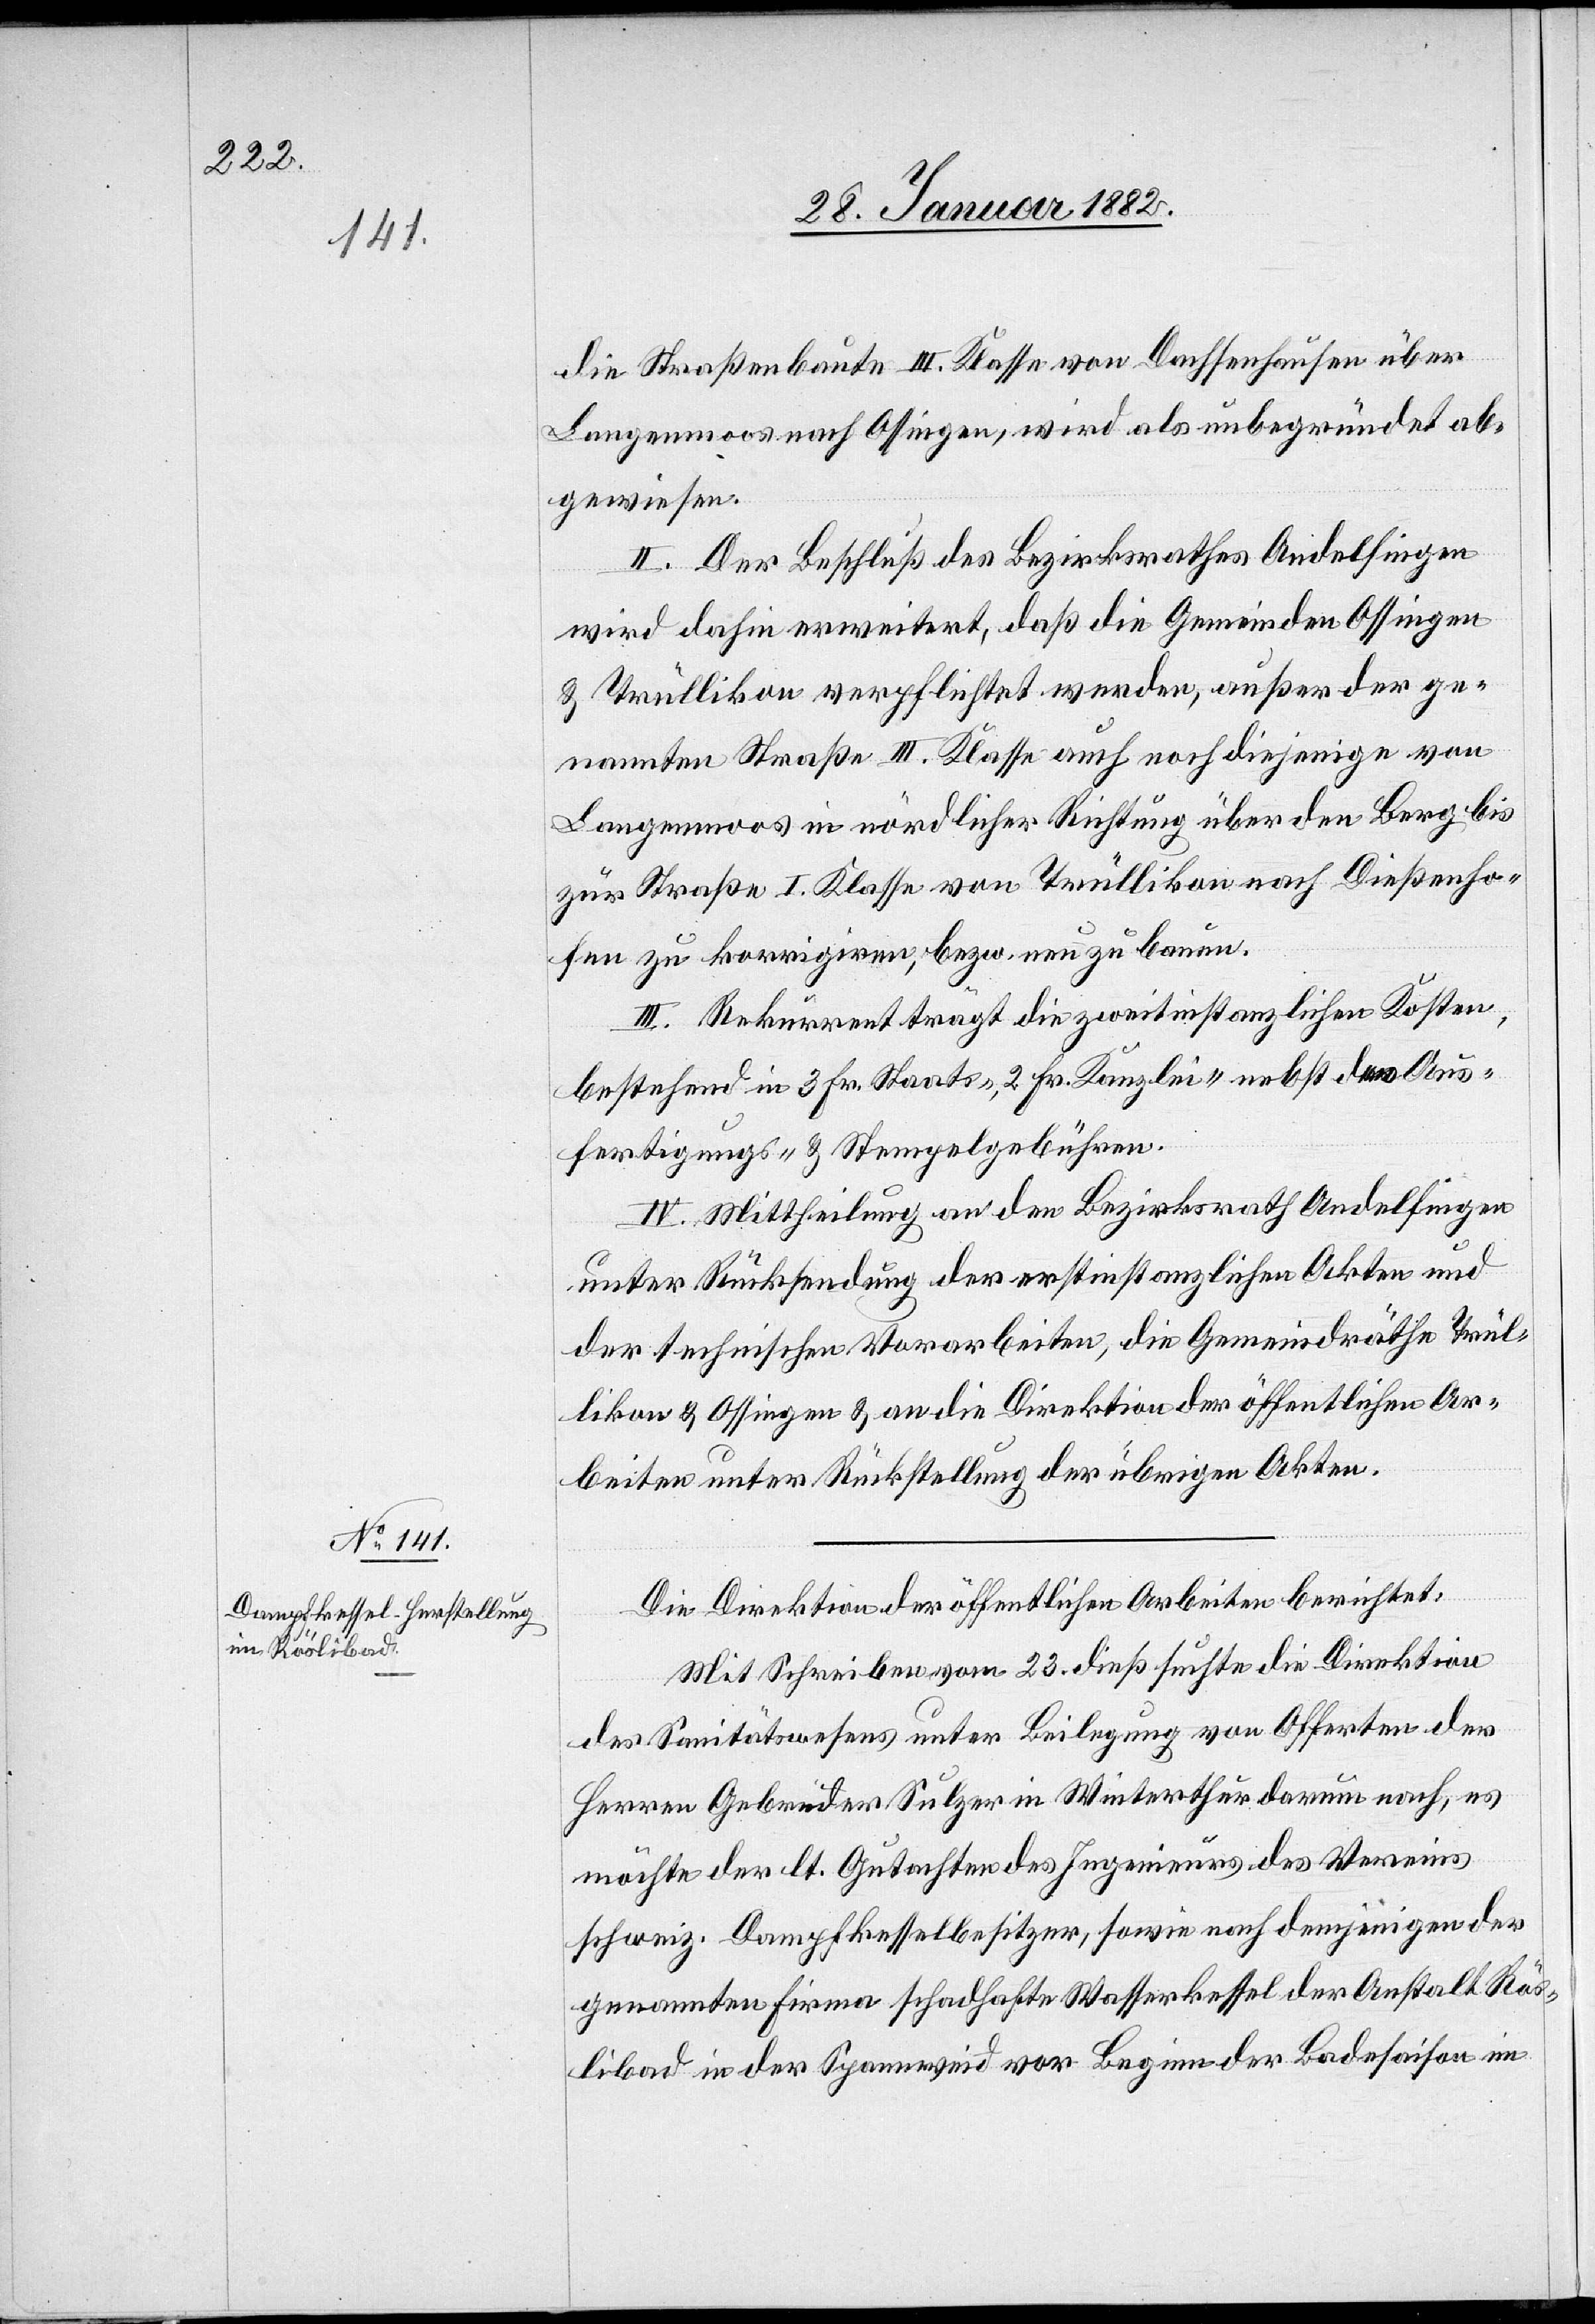
die Straßenbaute III. Klasse von Dachsenhausen über
Langenmoos nach Ossingen, wird als unbegründet ab¬
gewiesen.
II. Der Beschluß des Bezirksrathes Andelfingen
wird dahin erweitert, daß die Gemeinden Ossingen
& Trüllikon verpflichtet werden, außer der ge¬
nannten Straße III. Klasse auch noch diejenige von
Langenmoos in nördlicher Richtung über den Berg bis
zur Straße I. Klasse von Trüllikon nach Dießenho¬
fen zu korrigiren, bezw. neu zu bauen.
III. Rekurrent trägt die zweitinstanzlichen Kosten,
bestehend in 3 Fr. Staats-, 2 Fr. Kanzlei- nebst den Aus¬
fertigungs- & Stempelgebühren.
IV. Mittheilung an den Bezirksrath Andelfingen
unter Rücksendung der erstinstanzlichen Akten und
der technischen Vorarbeiten, die Gemeindräthe Trül¬
likon & Ossingen & an die Direktion der öffentlichen Ar¬
beiten unter Rückstellung der übrigen Akten.
Die Direktion der öffentlichen Arbeiten berichtet:
Mit Schreiben vom 23. dieß suchte die Direktion
des Sanitätswesens unter Beilegung von Offerten der
Herren Gebrüder Sulzer in Winterthur darum nach, es
möchte der lt. Gutachten des Ingenieurs des Vereins
schweiz. Dampfkesselbesitzer, sowie nach demjenigen der
genannten Firma schadhafte Wasserkessel der Anstalt Rös¬
libad in der Spannweid vor Beginn der Badesaison im